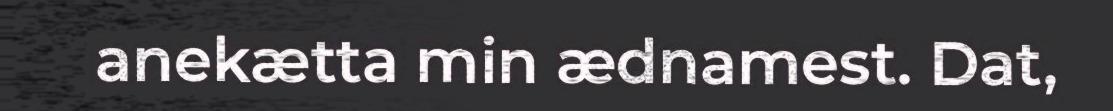
anekætta min ædnamest. Dat,